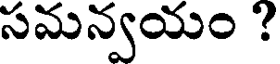
సమన్వయం ?